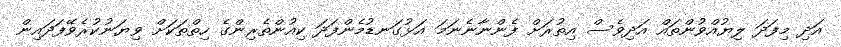
އަދި މިފަދަ ލިޔުއްވުންތައް އަދިވެސް އިތުރަށް ފެންނާނެނަމަ އަޅުގަނޑުމެންފަދަ ކިއުންތެރިންގެ ހިތްތަކަށް ވިޔަނުކުރެވޭފަދައިން